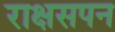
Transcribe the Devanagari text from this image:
राक्षसपन